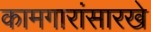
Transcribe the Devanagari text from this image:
कामगारांसारखे